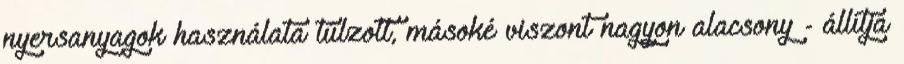
nyersanyagok használata túlzott, másoké viszont nagyon alacsony - állítja